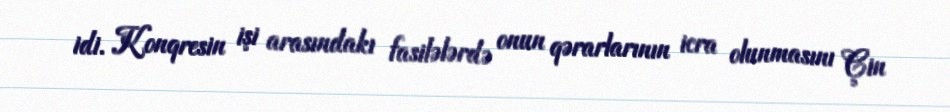
idi. Konqresin işi arasındakı fasilələrdə onun qərarlarının icra olunmasını Çin